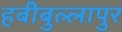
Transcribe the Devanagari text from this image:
हबीबुल्लापुर